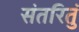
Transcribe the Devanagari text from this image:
संतरितुं